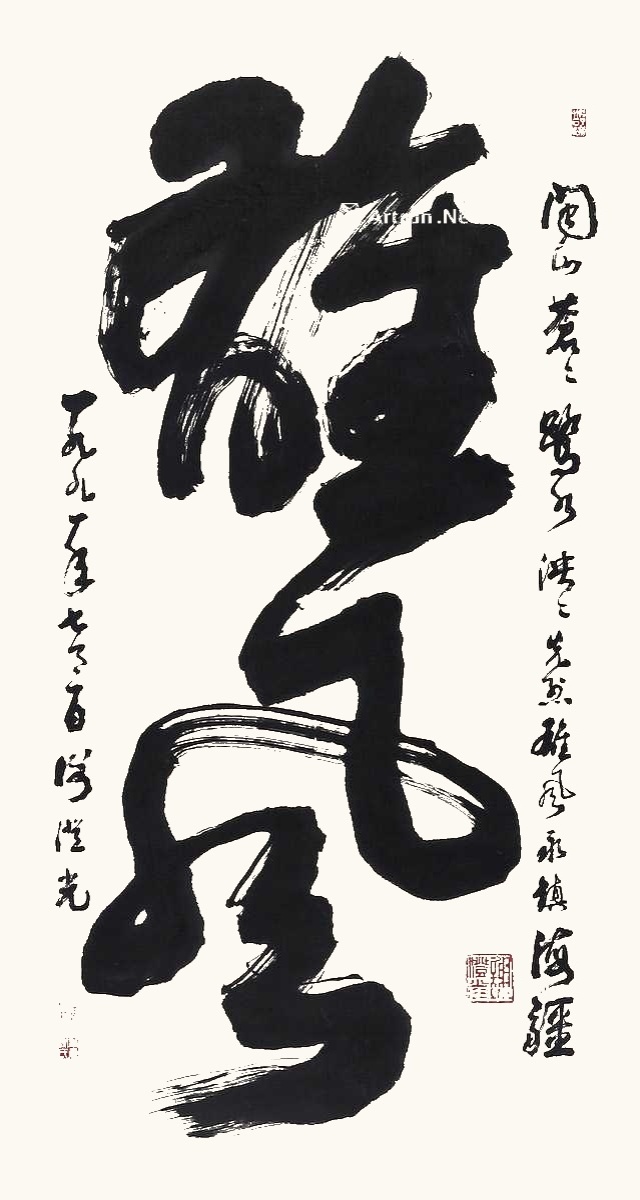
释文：雄风。闽山苍苍，鹭水泱泱。先烈雄风，永镇海疆。一九九一年七月一日，谢澄光。